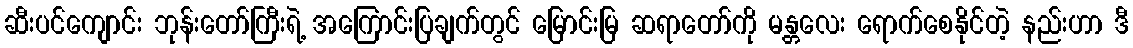
ဆီးပင်ကျောင်း ဘုန်းတော်ကြီးရဲ့ အကြောင်းပြချက်တွင် မြောင်းမြ ဆရာတော်ကို မန္တလေး ရောက်စေနိုင်တဲ့ နည်းဟာ ဒီ